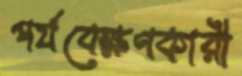
পর্যবেক্ষণকারী